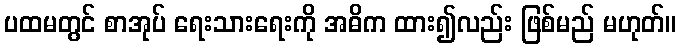
ပထမတွင် စာအုပ် ရေးသားရေးကို အဓိက ထား၍လည်း ဖြစ်မည် မဟုတ်။